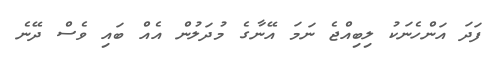
ފަދަ އަންހެނަކު ލިބިއްޖެ ނަމަ އޭނާގެ މުދަލުން އެއް ބައި ވެސް ދޭނެ